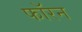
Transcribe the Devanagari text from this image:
फॉरन